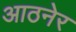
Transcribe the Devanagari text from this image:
आठनेर